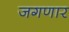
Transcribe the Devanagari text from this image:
जगणार